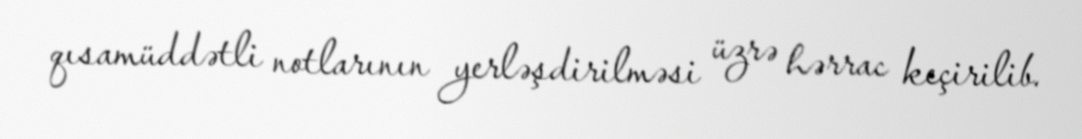
qısamüddətli notlarının yerləşdirilməsi üzrə hərrac keçirilib.